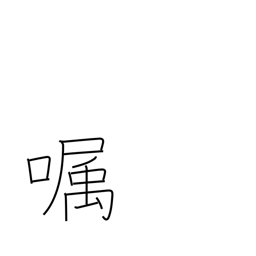
Meaning: send a message